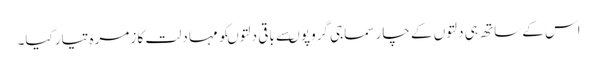
اس کے ساتھ ہی دلتوں کے چار سماجی گروپوںسے باقی دلتوںکو مہا دلت کا زمرہ تیار کیا۔